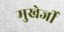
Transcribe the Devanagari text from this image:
मुखेर्जी